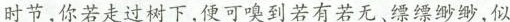
时节,你若走过树下,便可嗅到若有若无、缥缥缈缈,似